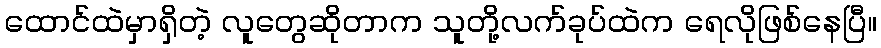
ထောင်ထဲမှာရှိတဲ့ လူတွေဆိုတာက သူတို့လက်ခုပ်ထဲက ရေလိုဖြစ်နေပြီ။